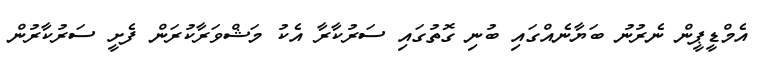
އެމްޑީޕީން ނެރުނު ބަޔާނެއްގައި ބުނި ގޮތުގައި ސަރުކާރާ އެކު މަޝްވަރާކުރަން ފެށީ ސަރުކާރުން